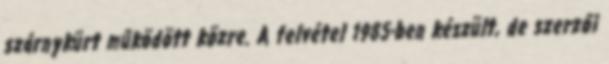
szárnykürt működött közre. A felvétel 1985-ben készült, de szerzői